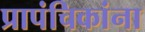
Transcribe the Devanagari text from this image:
प्रापंचिकांना